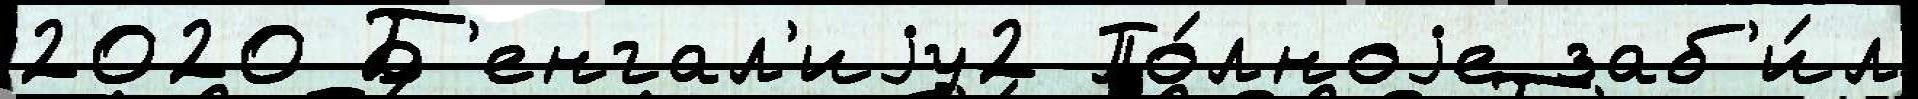
2020 Б'енгал'иjу2 По́лноjе заб'и́л